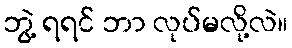
ဘွဲ့ ရရင် ဘာ လုပ်မလို့လဲ။